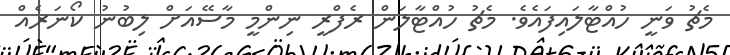
މެޗު ވަނީ ހުއްޓާލައިފައެވެ. މެޗު ހުއްޓާލަން ރެފްރީ ނިންމީ މާސޭއަށް ލިބުނު ކޯނަރެއް